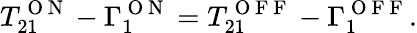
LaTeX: T_{21}^{\mathrm{~O~N~}}-\Gamma_{1}^{\mathrm{~O~N~}}=T_{21}^{\mathrm{~O~F~F~}}-\Gamma_{1}^{\mathrm{~O~F~F~}}.